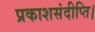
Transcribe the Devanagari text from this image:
प्रकाशसंदीप्ति।